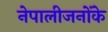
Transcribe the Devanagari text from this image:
नेपालीजनोंके